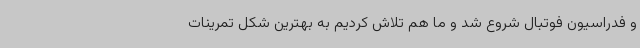
و فدراسیون فوتبال شروع شد و ما هم تلاش کردیم به بهترین شکل تمرینات